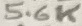
Text: 5.6K